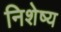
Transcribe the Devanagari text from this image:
निशेष्य